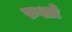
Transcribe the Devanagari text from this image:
रुश्टो